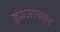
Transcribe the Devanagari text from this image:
इंग्रजाबद्दल